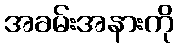
အခမ်းအနားကို